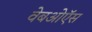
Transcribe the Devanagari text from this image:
वेबओऍस